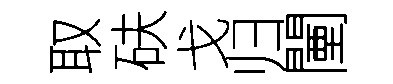
取砆戈归闉